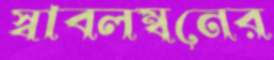
স্বাবলম্বনের